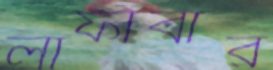
লাফাবার